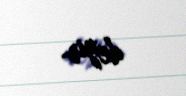
deyir.